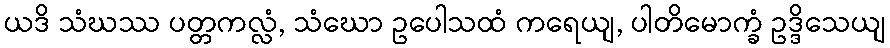
ယဒိ သံဃဿ ပတ္တကလ္လံ, သံဃော ဥပေါသထံ ကရေယျ, ပါတိမောက္ခံ ဥဒ္ဒိသေယျ